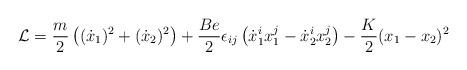
LaTeX: \begin{align*}{\cal L} = \frac{m}{2} \left((\dot x_1)^2 + (\dot x_2)^2\right) +\frac{Be}{2} \epsilon_{ij} \left(\dot x_1^i x_1^j - \dot x_2^i x_2^j\right) -\frac{K}{2} (x_1 - x_2)^2\end{align*}